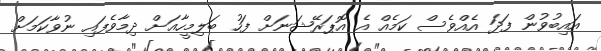
އައިބުވުން ފަދަ އެއްވެސް ކަމެއް އެ އޮޕަރޭޝަނަށް ފަހު ބަލިމީހާއަށް ދިމާވެފައި ނުވާކަމަށް